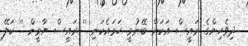
ދިވެހިންގެ ރައީސް އަކަށް ބޭނުމީ ހަމައެކަނި '' ރައީސް ޔާމީން '' ކަލޭ